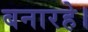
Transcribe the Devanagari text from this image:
बनारहे।